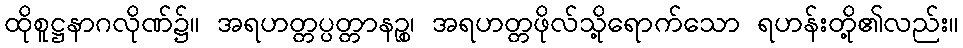
ထိုစူဋ္ဌနာဂလိုဏ်၌။ အရဟတ္တပ္ပတ္တာနဉ္စ၊ အရဟတ္တဖိုလ်သို့ရောက်သော ရဟန်းတို့၏လည်း။